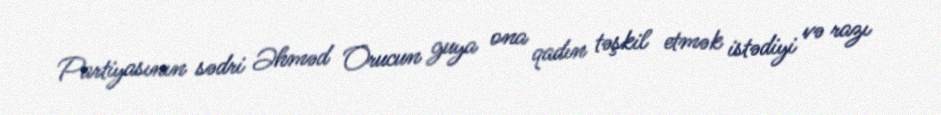
Partiyasının sədri Əhməd Orucun guya ona qadın təşkil etmək istədiyi və razı